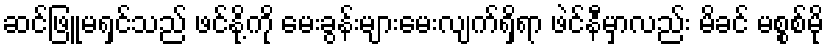
ဆင်ဖြူမရှင်သည် ဖင်နို့ကို မေးခွန်းများမေးလျက်ရှိရာ ဖဲင်နီမှာလည်း မိခင် မစ္စစ်မို